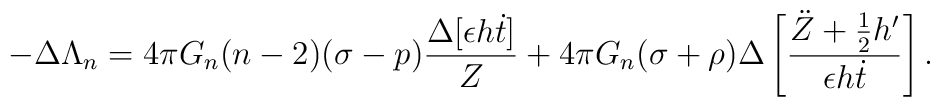
-\Delta \Lambda_n=4 \pi G_n (n-2)(\sigma-p)\frac{\Delta [\epsilon h\dot t]}{Z}+4 \pi G_n(\sigma+\rho)\Delta \left[\frac{\ddot Z+\frac{1}{2}h'}{\epsilon h \dot t}\right].